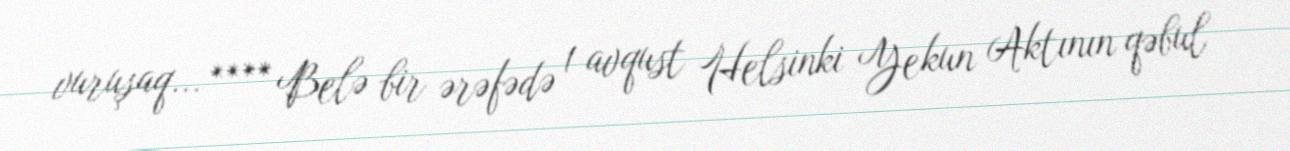
vuruşaq... **** Belə bir ərəfədə 1 avqust Helsinki Yekun Aktının qəbul